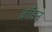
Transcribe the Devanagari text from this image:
काँडन